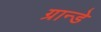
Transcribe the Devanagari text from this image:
ग्रान्डे